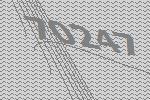
70247